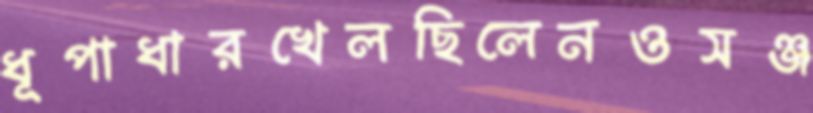
ধূপাধারখেলছিলেনওসঞ্জ